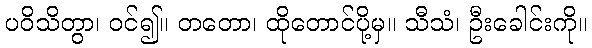
ပဝိသိတွာ၊ ဝင်၍။ တတော၊ ထိုတောင်ပို့မှ။ သီသံ၊ ဦးခေါင်းကို။